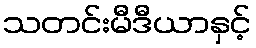
သတင်းမီဒီယာနှင့်